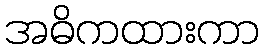
အဓိကထားကာ